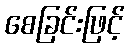
စေခြင်းဖြင့်